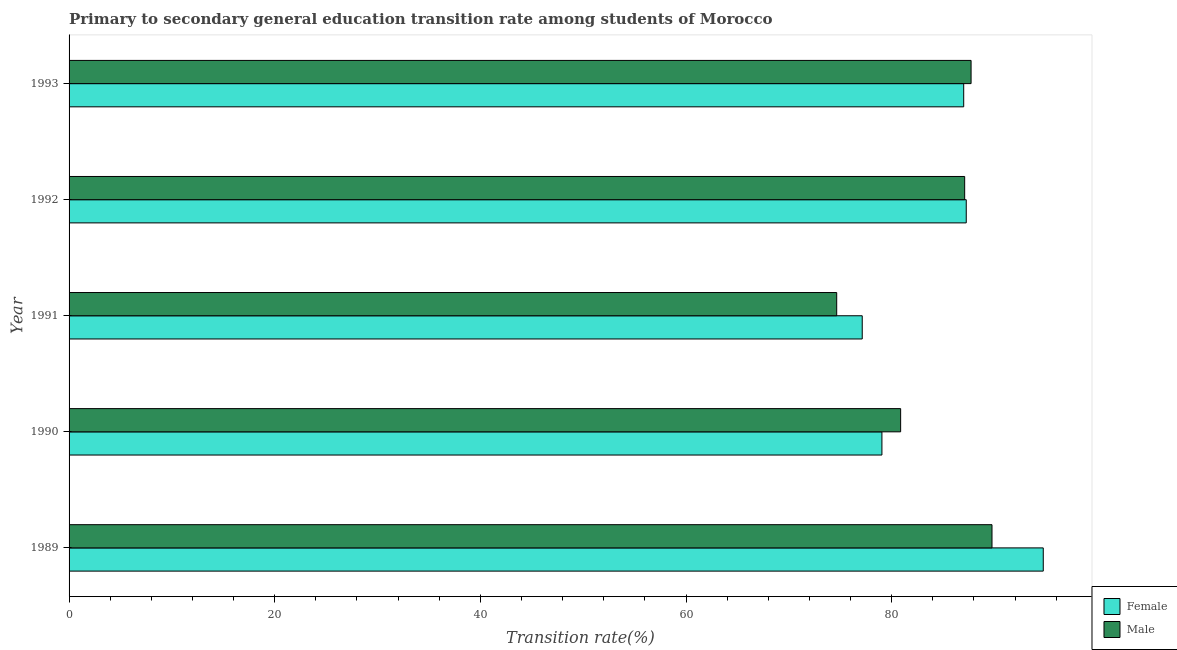
| Year | Female | Male |
 | --- | --- | --- |
 | 1989 | 94.7 | 89.8 |
 | 1990 | 79.1 | 80.9 |
 | 1991 | 77.1 | 74.7 |
 | 1992 | 87.3 | 87.1 |
 | 1993 | 87 | 87.7 |